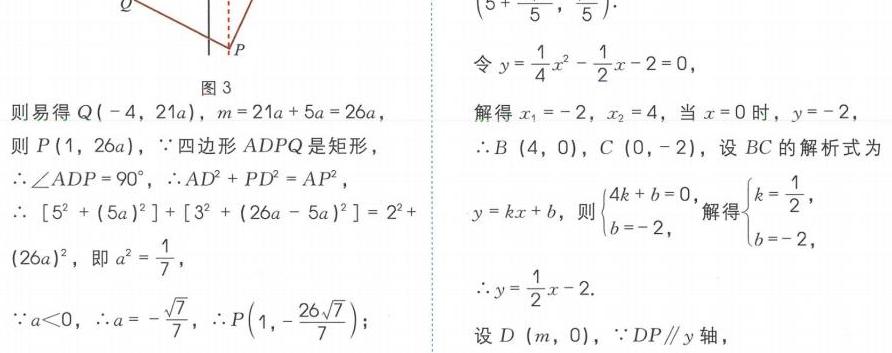
图3
则易得\(Q(-4,21a)\)，\(m = 21a + 5a=26a\)，
则\(P(1,26a)\)，\(\because\)四边形\(ADPQ\)是矩形，
\(\therefore\angle ADP = 90^{\circ}\)，\(\therefore AD^{2}+PD^{2}=AP^{2}\)，
\(\therefore [5^{2}+(5a)^{2}]+[3^{2}+(26a - 5a)^{2}]=2^{2}+(26a)^{2}\)，即\(a^{2}=\frac{1}{7}\)，
\(\because a<0\)，\(\therefore a = -\frac{\sqrt{7}}{7}\)，\(\therefore P\left(1,-\frac{26\sqrt{7}}{7}\right)\)；
令\(y=\frac{1}{4}x^{2}-\frac{1}{2}x - 2 = 0\)，
解得\(x_{1}=-2\)，\(x_{2}=4\)，当\(x = 0\)时，\(y=-2\)，
\(\therefore B(4,0)\)，\(C(0,-2)\)，设\(BC\)的解析式为\(y = kx + b\)，则\(\begin{cases}4k + b = 0\\b=-2\end{cases}\)，解得\(\begin{cases}k=\frac{1}{2}\\b=-2\end{cases}\)，
\(\therefore y=\frac{1}{2}x - 2\).
设\(D(m,0)\)，\(\because DP\parallel y\)轴，